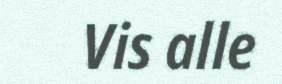
Vis alle